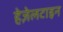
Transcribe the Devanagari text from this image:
हेज़ेलटाइन